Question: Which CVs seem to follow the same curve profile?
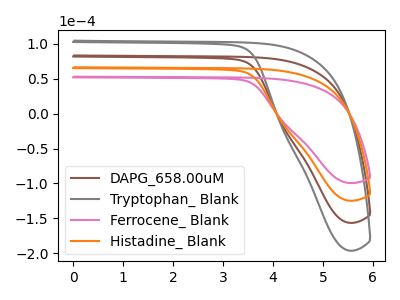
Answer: <think>The brown curve "DAPG_658.00uM" has no peaks. The gray curve "Tryptophan_ Blank" has no peaks. The pink curve "Ferrocene_ Blank" has no peaks. The orange curve "Histadine_ Blank" has no peaks.
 Neither "DAPG_658.00uM" or "Tryptophan_ Blank" have any peaks. Neither "DAPG_658.00uM" or "Ferrocene_ Blank" have any peaks. Neither "DAPG_658.00uM" or "Histadine_ Blank" have any peaks. Neither "Tryptophan_ Blank" or "Ferrocene_ Blank" have any peaks. Neither "Tryptophan_ Blank" or "Histadine_ Blank" have any peaks. Neither "Ferrocene_ Blank" or "Histadine_ Blank" have any peaks.</think>
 <answer>"Ferrocene_ Blank", "DAPG_658.00uM", "Tryptophan_ Blank" and "Histadine_ Blank" have the same shape and are likely CV's of the same chemical.</answer>
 <eval>"Ferrocene_ Blank" "DAPG_658.00uM" "Tryptophan_ Blank" "Histadine_ Blank"</eval>